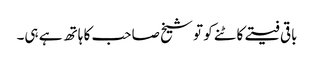
باقی فیتے کاٹنے کو تو شیخ صاحب کا ہاتھ ہے ہی۔